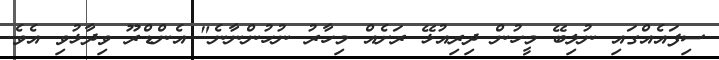
ސިފައެއްގައި ނުލިބޭ މީހުން ދިރިއުޅޭ ރަށެއް މިހާރު ނުހުންނާނެ" އެންޑްރޫ ވިދާޅުވި އެވެ.